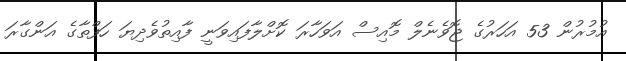
އުމުރުން 53 އަހަރުގެ ޖޮވެނެލް މޮއިސް އަވަހާރަ ކޮށްލާފައިވަނީ ފާއިތުވެދިޔަ ހަފްތާގެ އަންގާރަ